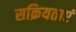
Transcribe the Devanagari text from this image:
सक्रियताएं